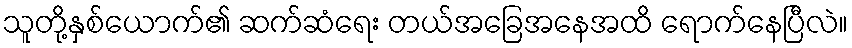
သူတို့နှစ်ယောက်၏ ဆက်ဆံရေး တယ်အခြေအနေအထိ ရောက်နေပြီလဲ။